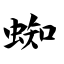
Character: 蜘